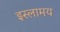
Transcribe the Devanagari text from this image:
इस्लामय